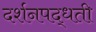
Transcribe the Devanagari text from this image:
दर्शनपद्धती